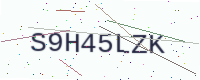
Text: S9H45LZK